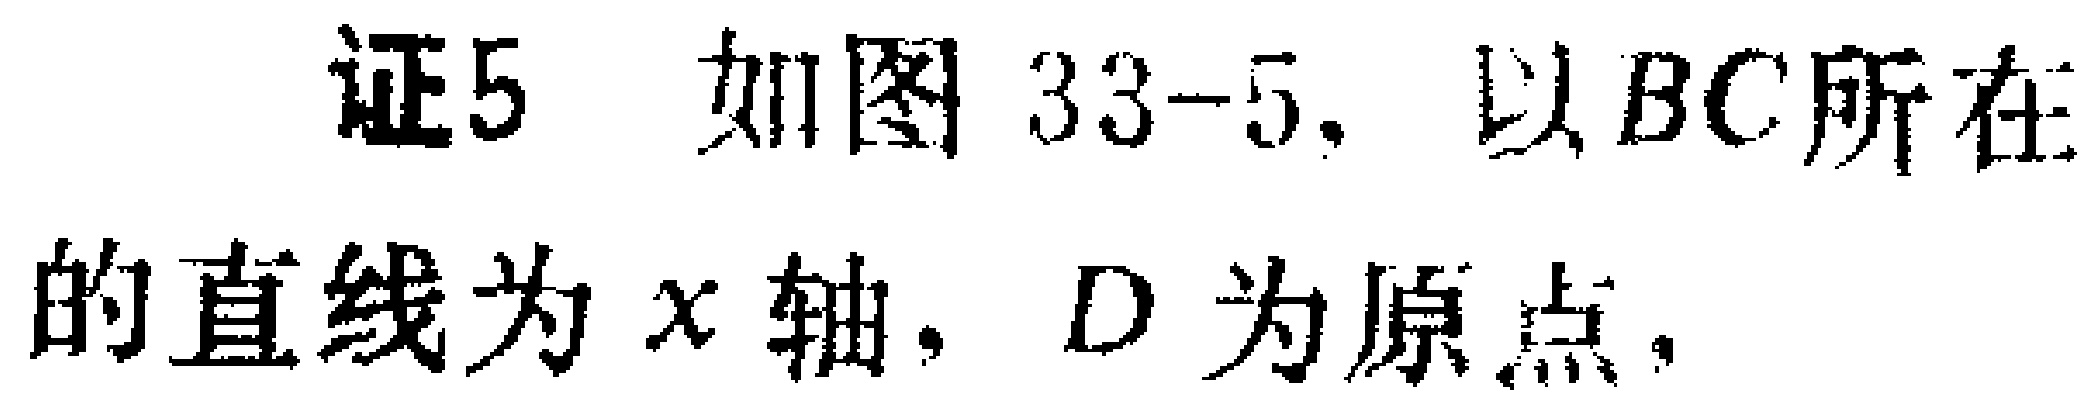
证5 如图33-5，以$BC$所在的直线为$x$轴，$D$为原点，